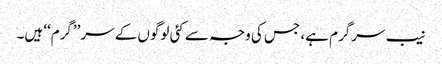
نیب سرگرم ہے، جس کی وجہ سے کئی لوگوں کے سر’’گرم‘‘ ہیں۔